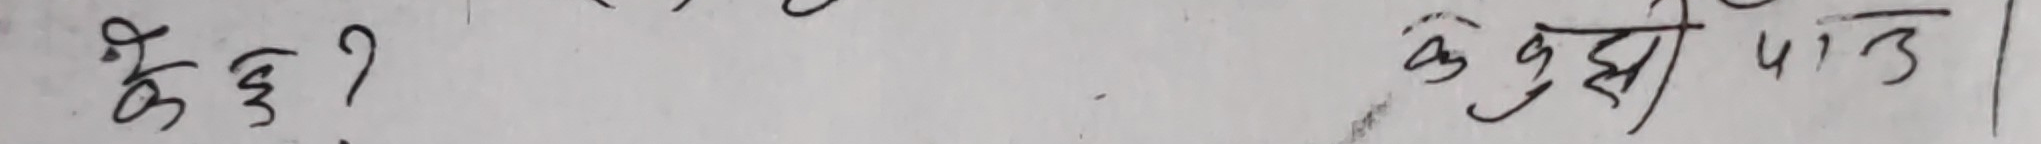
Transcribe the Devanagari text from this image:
केही केही पाठ |